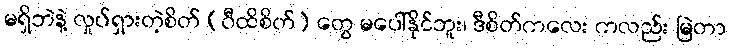
မရှိဘဲနဲ့ လှုပ်ရှားတဲ့စိတ် (ဝီထိစိတ်) တွေ မပေါ်နိုင်ဘူး၊ ဒီစိတ်ကလေး ကလည်း မြဲတာ